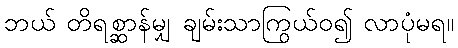
ဘယ် တိရစ္ဆာန်မျှ ချမ်းသာကြွယ်ဝ၍ လာပုံမရ။